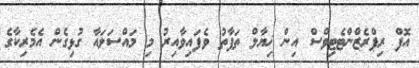
އޮފް ރިޕްރެޒްންޓެޓިވްސް އިން ޚިޔާލް ތަފާތު ވެފައިވާއިރު މި މައްސަލައާ ގުޅިގެން އެމެރިކާގެ